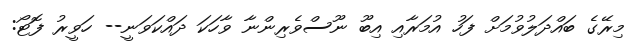
މިރޭގެ ބައްދަލުވުމަށް ފަހު އުމަރާއި އިބޫ ނޫސްވެރިންނާ ވާހަކަ ދައްކަވަނީ-- ހަވީރު ފޮޓޯ: